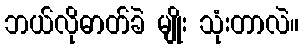
ဘယ်လိုဓာတ်ခဲ မျိုး သုံးတာလဲ။